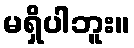
မရှိပါဘူး။